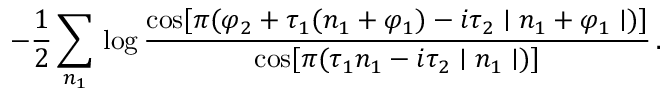
- \frac { 1 } { 2 } \sum _ { n _ { 1 } } \, \log \frac { \cos [ \pi ( \varphi _ { 2 } + \tau _ { 1 } ( n _ { 1 } + \varphi _ { 1 } ) - i \tau _ { 2 } \mid n _ { 1 } + \varphi _ { 1 } \mid ) ] } { \cos [ \pi ( \tau _ { 1 } n _ { 1 } - i \tau _ { 2 } \mid n _ { 1 } \mid ) ] } \, .